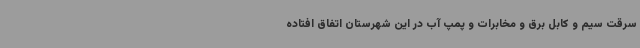
سرقت سیم و کابل برق و مخابرات و پمپ آب در این شهرستان اتفاق افتاده